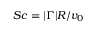
S c = | \Gamma | R / v _ { 0 }